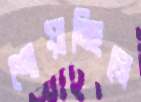
শোয়াচ্ছিলে